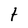
Character: t